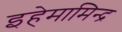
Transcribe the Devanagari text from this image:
इहेमामिन्द्र